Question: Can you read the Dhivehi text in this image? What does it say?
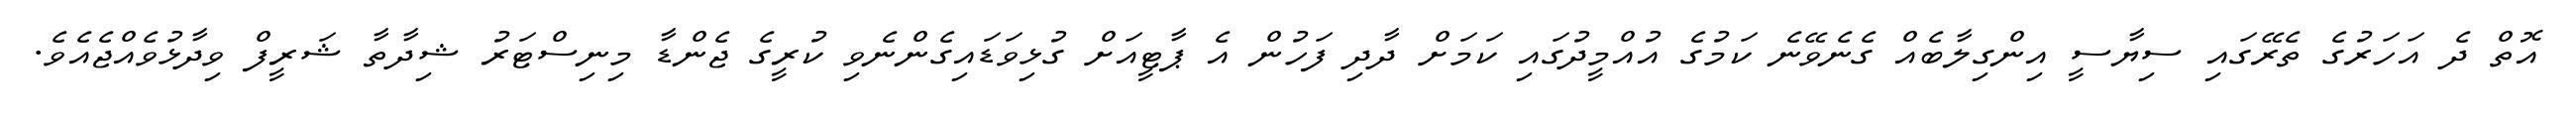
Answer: އޮތް ދެ އަހަރުގެ ތެރޭގައި ސިޔާސީ އިންގިލާބެއް ގެނެވޭނެ ކަމުގެ އުއްމީދުގައި ކަމަށް ދާދި ފަހުން އެ ޕާޓީއަށް ގުޅިވަޑައިގެންނެވި ކުރީގެ ޖެންޑާ މިނިސްޓަރު ޝިދާތާ ޝަރީފް ވިދާޅުވެއްޖެއެވެ.